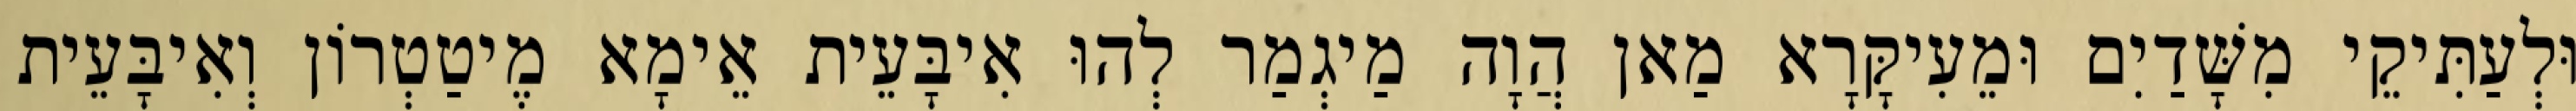
וּלְעַתִּיקֵי מִשָּׁדַיִם וּמֵעִיקָּרָא מַאן הֲוָה מַיגְמַר לְהוּ אִיבָּעֵית אֵימָא מֶיטַטְרוֹן וְאִיבָּעֵית